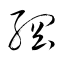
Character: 綱